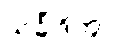
သင်္ခါဒိတွာ